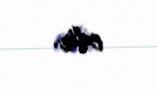
edir.